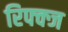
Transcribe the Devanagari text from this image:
रिफ्क्ज